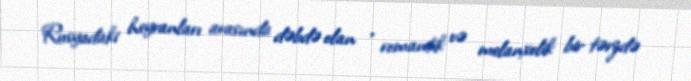
Rusyadaki heyranları arasında dəbdə olan , romantik və melanxolik bir tərzdə